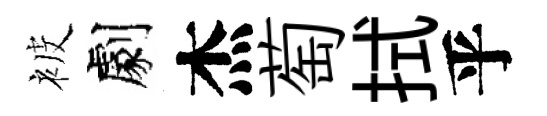
被劇杰萄拭乎